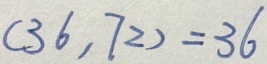
( 3 6 , 7 2 ) = 3 6